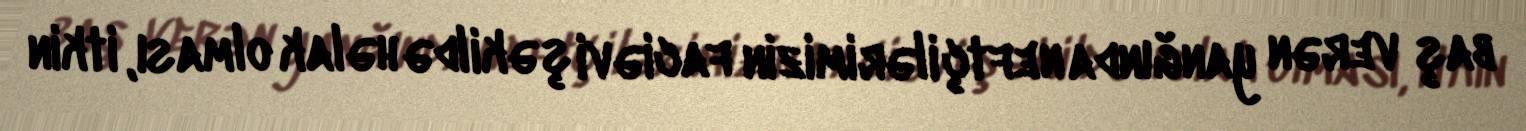
baş verən yanğında neftçilərimizin faciəvi şəkildə həlak olması, itkin